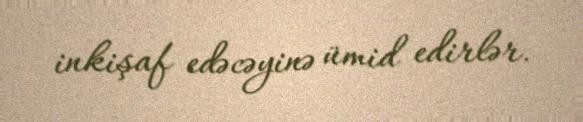
inkişaf edəcəyinə ümid edirlər.